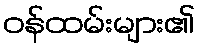
ဝန်ထမ်းများ၏